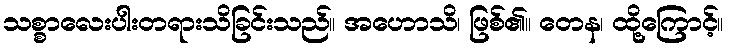
သစ္စာလေးပါးတရားသိခြင်းသည်။ အဟောသိ၊ ဖြစ်၏။ တေန၊ ထို့ကြောင့်။